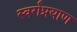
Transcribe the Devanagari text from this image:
स्वर्गप्रयाण